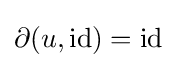
\partial (u,\mathrm {id} )=\mathrm {id}